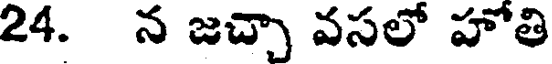
24. న జచ్చా వసలో హోతి